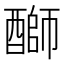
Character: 𫑺